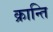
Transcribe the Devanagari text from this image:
क्रान्‍ति